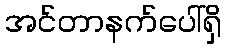
အင်တာနက်ပေါ်ရှိ